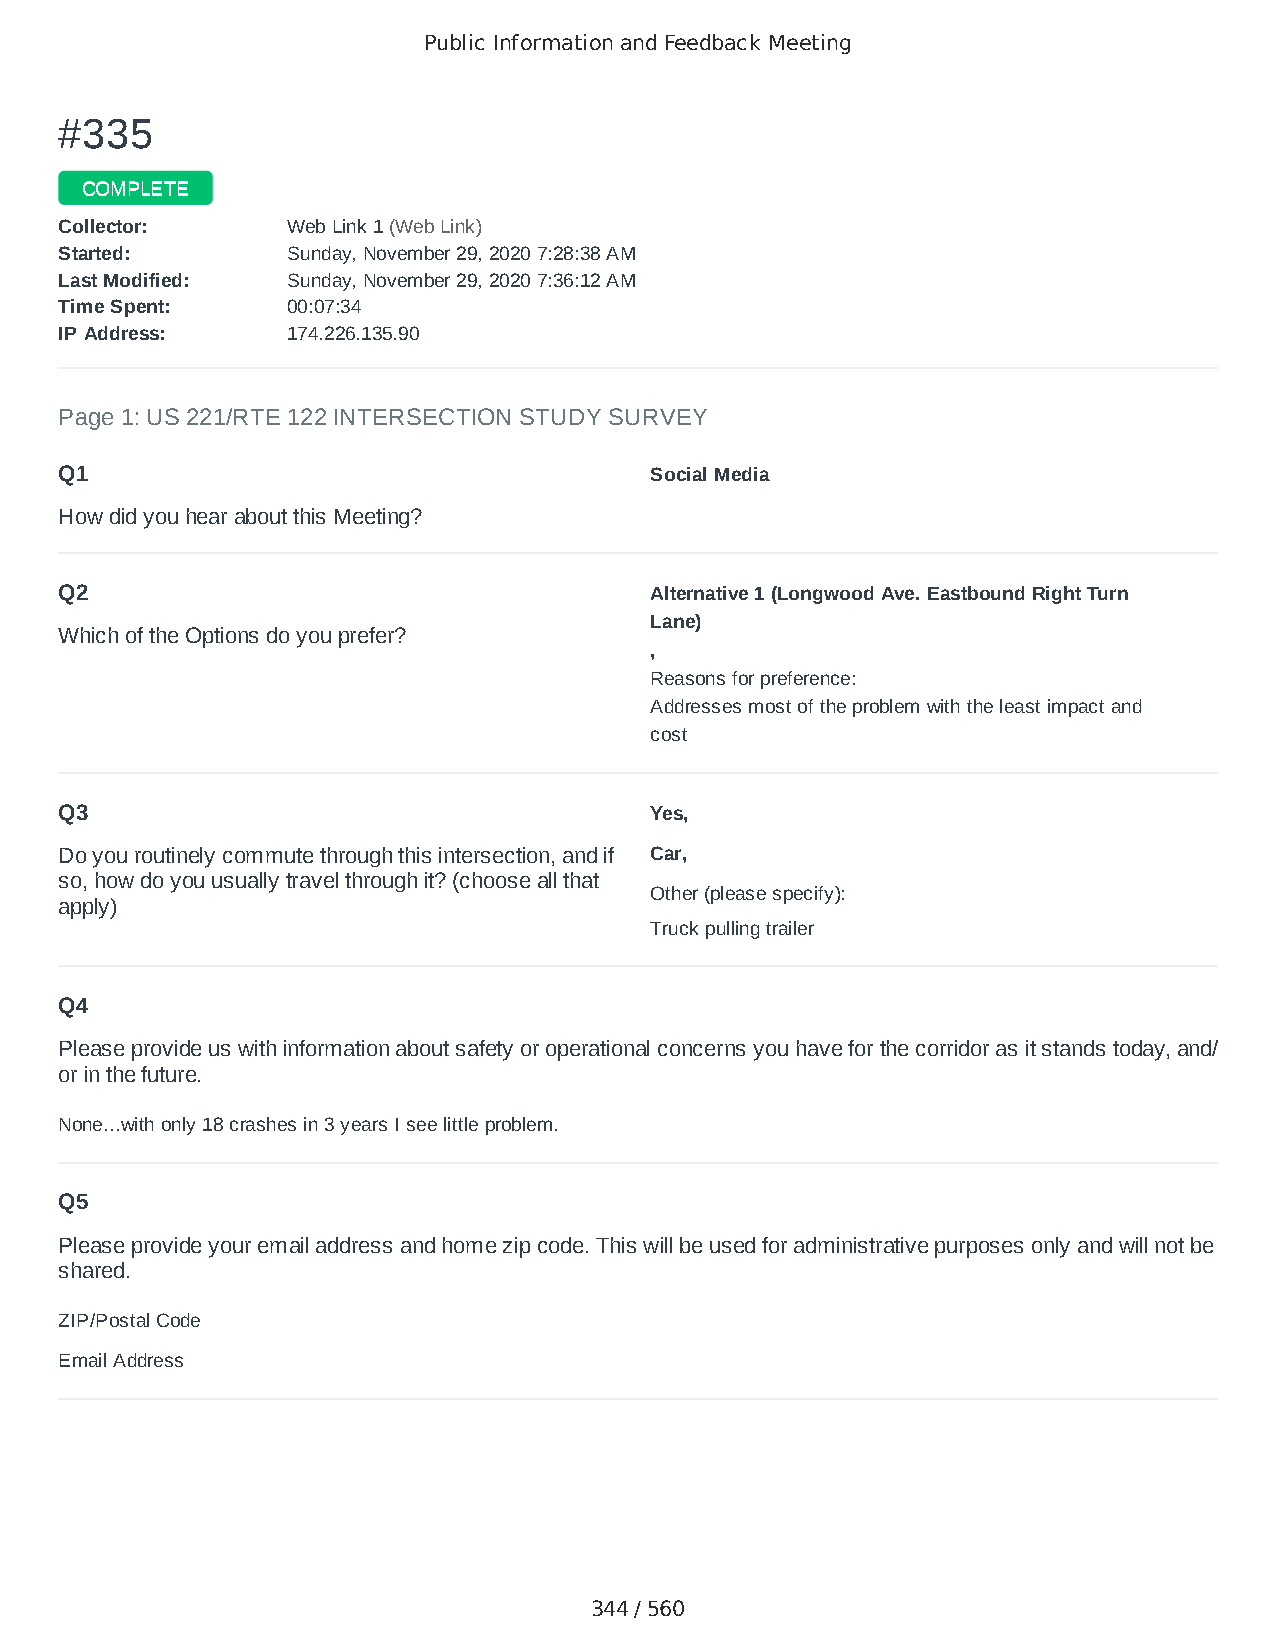
Public Information and Feedback Meeting
 ##333355
 CCOOMMPPLLEETTEE
 CCoolllleeccttoorr:: WWeebb LLiinnkk 11 ((WWeebb LLiinnkk))
 SSttaarrtteedd:: SSuunnddaayy,, NNoovveemmbbeerr 2299,, 22002200 77::2288::3388 AAMM
 LLaasstt MMooddiiffiieedd:: SSuunnddaayy,, NNoovveemmbbeerr 2299,, 22002200 77::3366::1122 AAMM
 TTiimmee SSppeenntt:: 0000::0077::3344
 IIPP AAddddrreessss:: 117744..222266..113355..9900
 Page 1: US 221/RTE 122 INTERSECTION STUDY SURVEY
 Q1                                     Social Media
 How did you hear about this Meeting?
 Q2                                     Alternative 1 (Longwood Ave. Eastbound Right Turn
 Lane)
 Which of the Options do you prefer?
 ,
 Reasons for preference:
 Addresses most of the problem with the least impact and
 cost
 Q3                                     Yes,
 Do you routinely commute through this intersection, and if Car,
 so, how do you usually travel through it? (choose all that
 Other (please specify):
 apply)
 Truck pulling trailer
 Q4
 Please provide us with information about safety or operational concerns you have for the corridor as it stands today, and/
 or in the future.
 None...with only 18 crashes in 3 years I see little problem.
 Q5
 Please provide your email address and home zip code. This will be used for administrative purposes only and will not be
 shared.
 ZIP/Postal Code                        24523
 Email Address                          sam.sumpter@verizon.net
 344 / 560